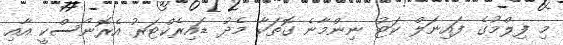
މި ފިލްމުގެ ފައިނަލް ކަޓު ނިންމާނެ ގޮތަކާ މެދު ޑައިރެކްޓަރު އެރޮނޯސްކީ އާއި